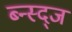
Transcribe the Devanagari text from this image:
ब्न्स्द्ज